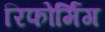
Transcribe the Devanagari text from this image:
रिफोर्मिंग